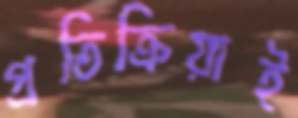
প্রতিক্রিয়াই